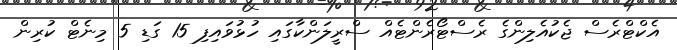
އެކްޓްރެސް ޖެކުއެލިންގެ ރެސްޓޯރެންޓެއް ސްރީލަންކާގައި ހުޅުވައިފި 15 ގަޑި 5 މިނެޓް ކުރިން